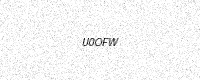
Text: U0OFW